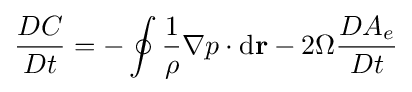
{\frac {DC}{Dt}}=-\oint {\frac {1}{\rho }}\nabla p\cdot \mathrm {d} \mathbf {r} -2\Omega {\frac {DA_{e}}{Dt}}